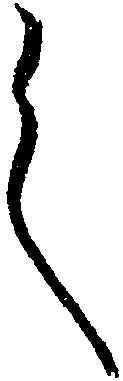
く